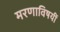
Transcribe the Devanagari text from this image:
मरणाविषयीं